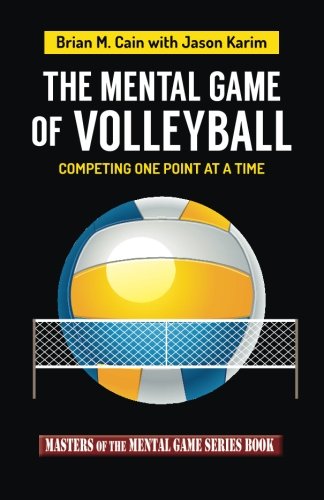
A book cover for The Mental Game of Volleyball: Competing One Point At A Time (Masters of The Mental Game) (Volume 19); Mr Brian M Cain; Sports & Outdoors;